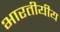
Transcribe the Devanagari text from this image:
भारतीयीय